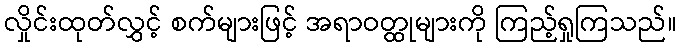
လှိုင်းထုတ်လွှင့် စက်များဖြင့် အရာဝတ္ထုများကို ကြည့်ရှုကြသည်။